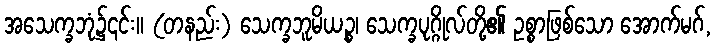
အသေက္ခဘုံ၌၎င်း။ (တနည်း) သေက္ခဘူမိယဉ္စ၊ သေက္ခပုဂ္ဂိုလ်တို့၏ ဥစ္စာဖြစ်သော အောက်မဂ်,